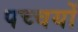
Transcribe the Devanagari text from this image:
पच्चयों